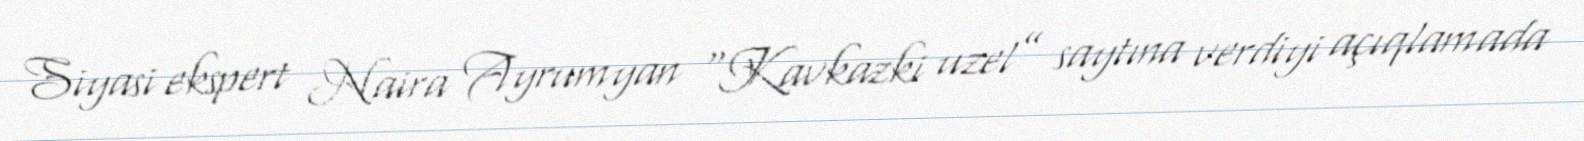
Siyasi ekspert Naira Ayrumyan “Kavkazki uzel” saytına verdiyi açıqlamada